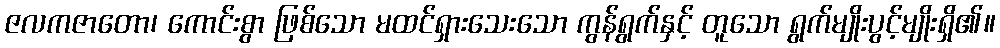
ဇလကဇာတော၊ ကောင်းစွာ ဖြစ်သော မထင်ရှားသေးသော ကွန်ရွက်နှင့် တူသော ရွက်မျိုးပွင့်မျိုးရှိ၏။